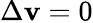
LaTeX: \Delta\mathbf{v}=0